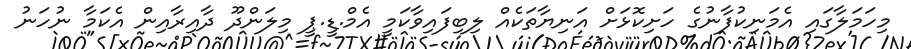
މިހަމަލާގައި އެމަނިކުފާނުގެ ހަށިކޮޅަށް އަނިޔާތަކެއް ލިބިފައިވާކަމީ އެމް.ޑީ.ޕީ މިލަންދޫ ދާއިރާއިން އެކަމާ ނުހަނު